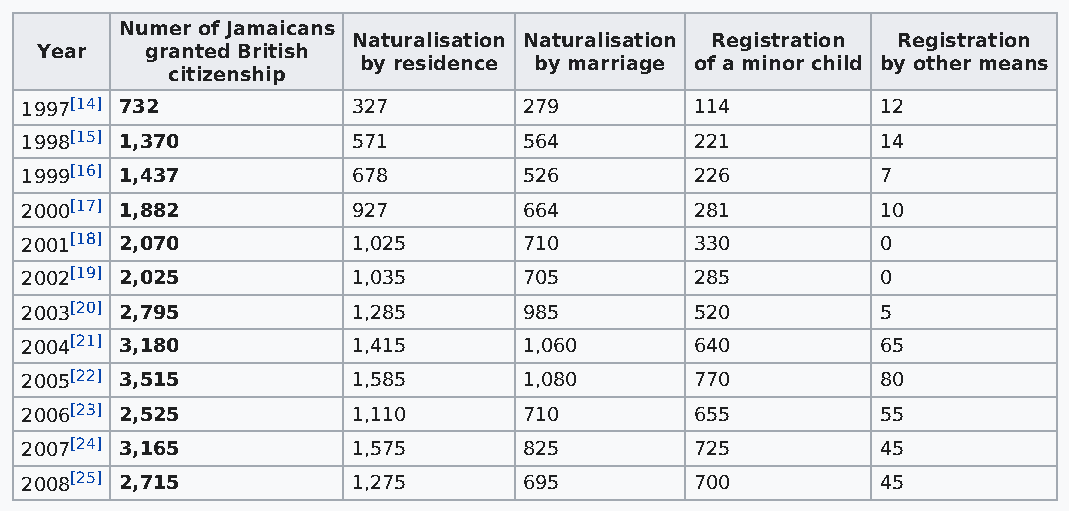
Numer of Jamaicans
 Naturalisation Naturalisation Registration Registration
 Year    granted British
 by residence by marriage of a minor child by other means
 citizenship
 1997[14] 732          327         279        114         12
 1998[15] 1,370        571         564        221         14
 1999[16] 1,437        678         526        226         7
 2000[17] 1,882        927         664        281         10
 2001[18] 2,070        1,025       710        330         0
 2002[19] 2,025        1,035       705        285         0
 2003[20] 2,795        1,285       985        520         5
 2004[21] 3,180        1,415       1,060      640         65
 2005[22] 3,515        1,585       1,080      770         80
 2006[23] 2,525        1,110       710        655         55
 2007[24] 3,165        1,575       825        725         45
 2008[25] 2,715        1,275       695        700         45